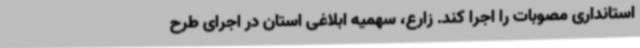
استانداری مصوبات را اجرا کند. زارع، سهمیه ابلاغی استان در اجرای طرح